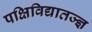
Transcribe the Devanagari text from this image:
पक्षिविद्यातज्ज्ञ